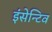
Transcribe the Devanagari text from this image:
इंसेन्टिव